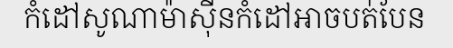
កំដៅសូណាម៉ាស៊ីនកំដៅអាចបត់បែន